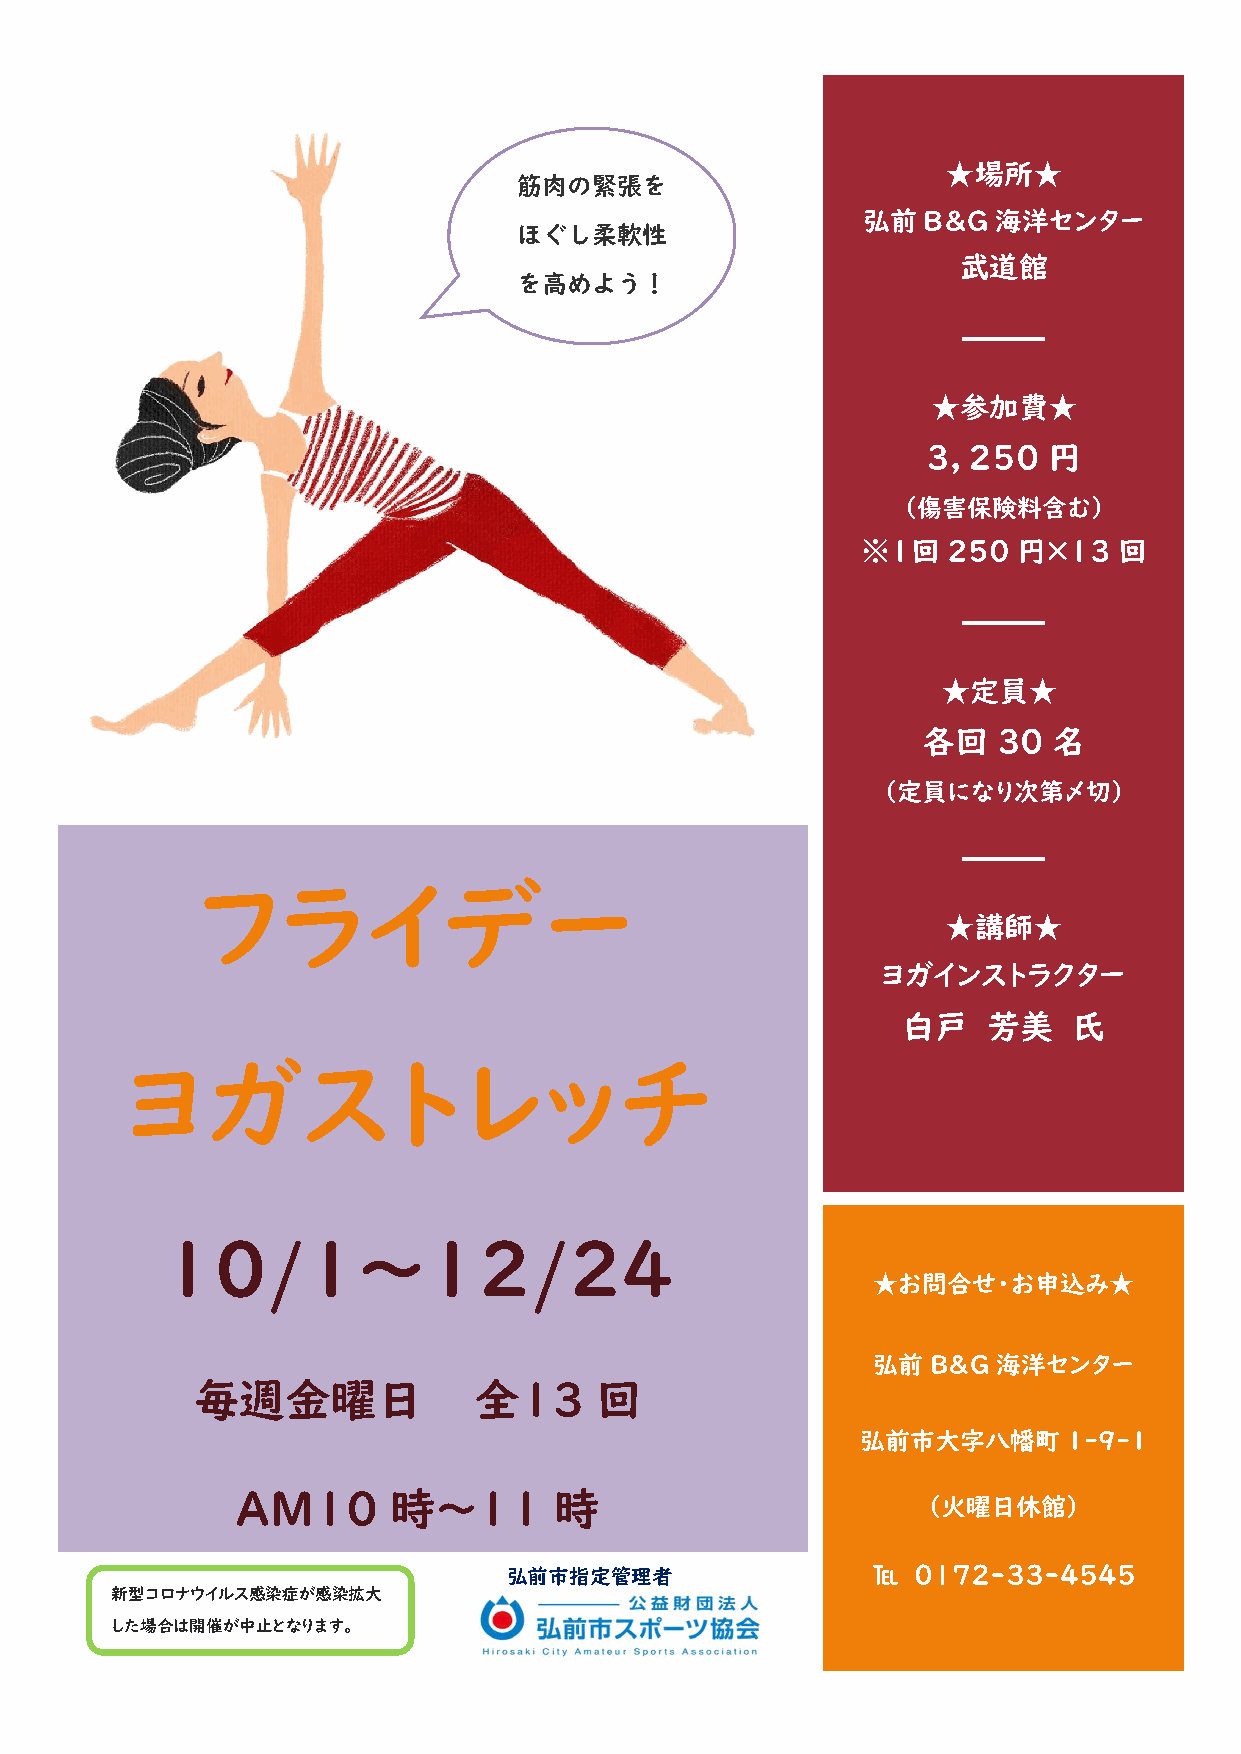
★場所★
 筋肉の緊張を
 弘前  B&G  海洋センター
 ほぐし柔軟性
 武道館
 を高めよう！
 ★参加費★
 3，250   円
 （傷害保険料含む）
 ※１回   250 円×13   回
 ★定員★
 各回   30  名
 （定員になり次第〆切）
 フライデー
 ★講師★
 ヨガインストラクター
 白戸   芳美    氏
 ヨガストレッチ
 10/1～12/24
 ★お問合せ・お申込み★
 弘前  B&G海洋センター
 毎週金曜日             全１3     回
 弘前市大字八幡町      1-9-1
 AM10      時～11       時                       （火曜日休館）
 弘前市指定管理者                ℡ 0172-33-4545
 新型コロナウイルス感染症が感染拡大
 した場合は開催が中止となります。